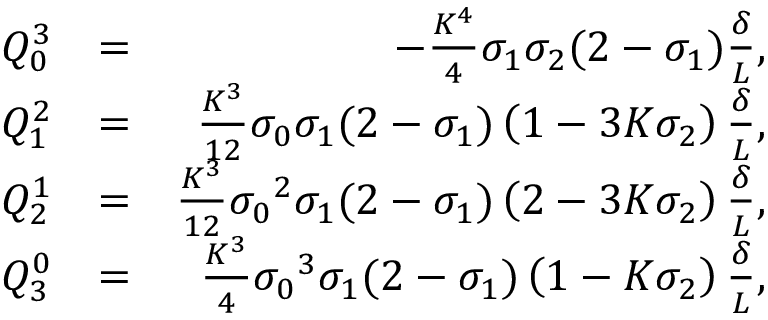
\begin{array} { r l r } { Q _ { 0 } ^ { 3 } } & { = } & { - \frac { K ^ { 4 } } { 4 } \sigma _ { 1 } \sigma _ { 2 } ( 2 - \sigma _ { 1 } ) \frac { \delta } { L } , } \\ { Q _ { 1 } ^ { 2 } } & { = } & { \frac { K ^ { 3 } } { 1 2 } \sigma _ { 0 } \sigma _ { 1 } ( 2 - \sigma _ { 1 } ) \left( 1 - 3 K \sigma _ { 2 } \right) \frac { \delta } { L } , } \\ { Q _ { 2 } ^ { 1 } } & { = } & { \frac { K ^ { 3 } } { 1 2 } { \sigma _ { 0 } } ^ { 2 } \sigma _ { 1 } ( 2 - \sigma _ { 1 } ) \left( 2 - 3 K \sigma _ { 2 } \right) \frac { \delta } { L } , } \\ { Q _ { 3 } ^ { 0 } } & { = } & { \frac { K ^ { 3 } } { 4 } { \sigma _ { 0 } } ^ { 3 } \sigma _ { 1 } ( 2 - \sigma _ { 1 } ) \left( 1 - K \sigma _ { 2 } \right) \frac { \delta } { L } , } \end{array}